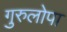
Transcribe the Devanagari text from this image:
गुरुलोपा